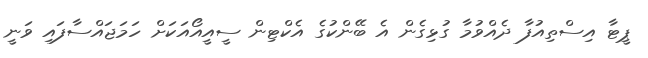
ޕީޓާ އިސްތިއުފާ ދެއްވުމާ ގުޅިގެން އެ ބޭންކުގެ އެކްޓިން ސީއީއޯއަކަށް ހަމަޖައްސާފައި ވަނީ